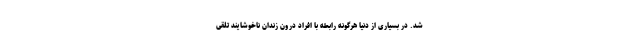
شد. در بسیاری از دنیا هرگونه رابطه با افراد درون زندان ناخوشایند تلقی